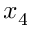
x _ { 4 }